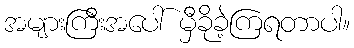
အများကြီးအပေါ် မှီခိုခဲ့ကြရတာပါ။